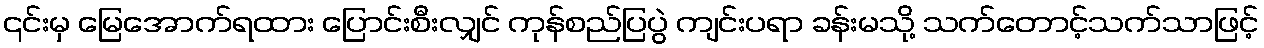
၎င်းမှ မြေအောက်ရထား ပြောင်းစီးလျှင် ကုန်စည်ပြပွဲ ကျင်းပရာ ခန်းမသို့ သက်တောင့်သက်သာဖြင့်